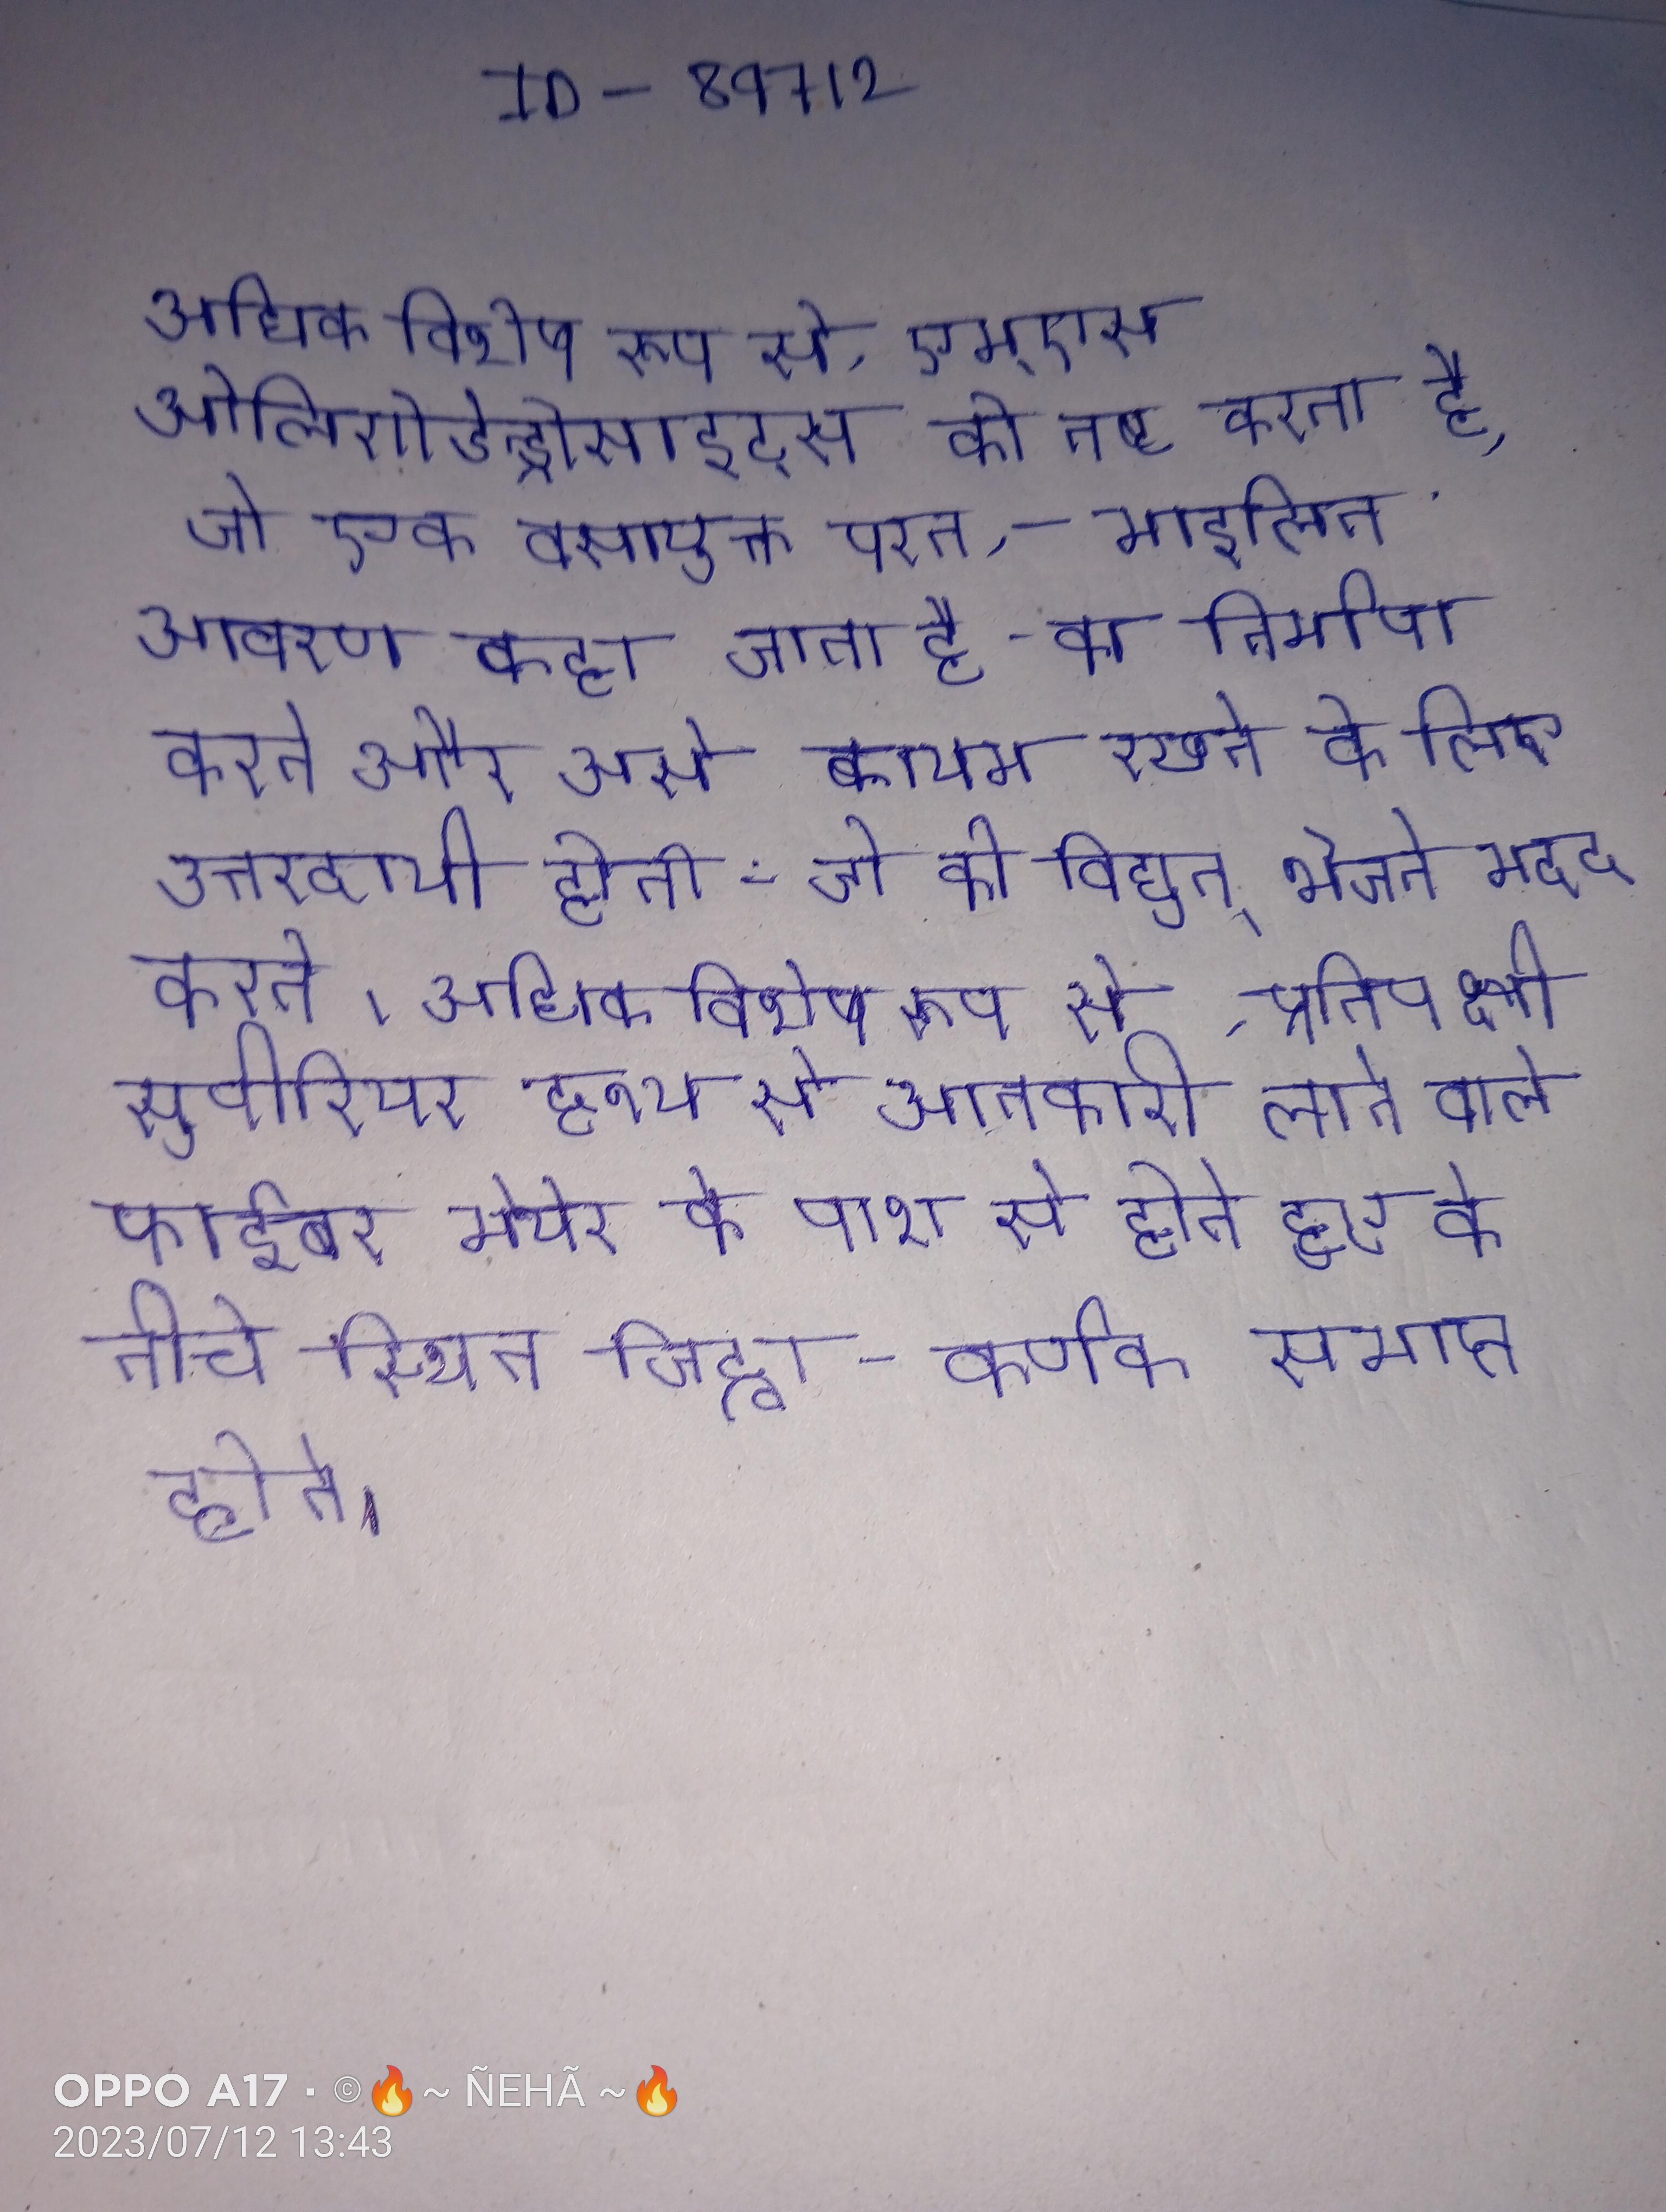
अधिक विशेष रूप से, एम्एस ओलिगोडेन्ड्रोसाइट्स को नष्ट करता है, जो एक वसायुक्त परत - माइलिन आवरण कहा जाता है- का निर्माण करने और उसे कायम रखने के लिए उत्तरदायी होती - जो को विद्युत् भेजने मदद करते । अधिक विशेष रूप से, प्रतिपक्षी सुपीरियर दृश्य से जानकारी लाने वाले फाईबर मेयेर के पाश से होते हुए के नीचे स्थित जिह्वा-कर्णक समाप्त होते ।